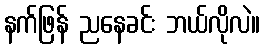
နက်ဖြန် ညနေခင်း ဘယ်လိုလဲ။